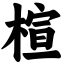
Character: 楦